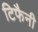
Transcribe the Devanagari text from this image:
टिफैनी